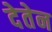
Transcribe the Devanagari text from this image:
देतेन